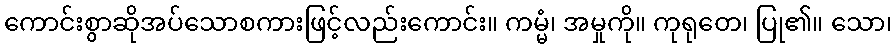
ကောင်းစွာဆိုအပ်သောစကားဖြင့်လည်းကောင်း။ ကမ္မံ၊ အမှုကို။ ကုရုတေ၊ ပြု၏။ သော၊